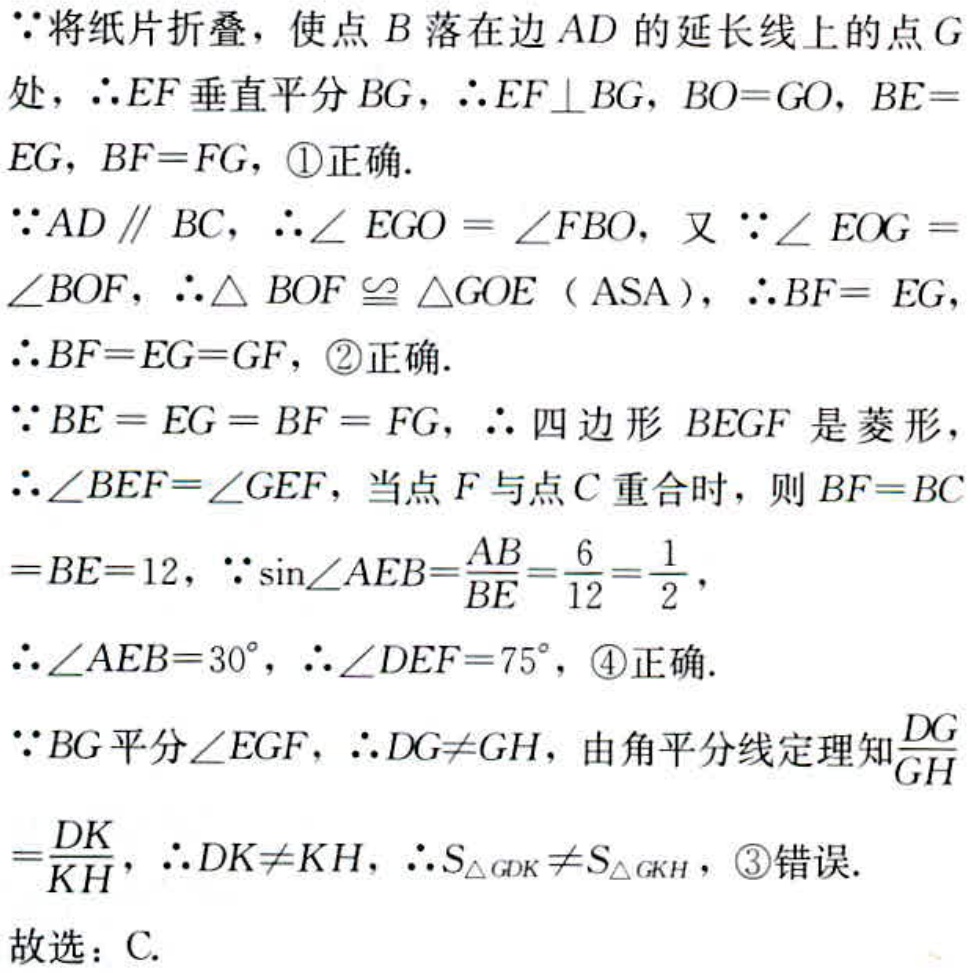
$\because$将纸片折叠，使点$B$落在边$AD$的延长线上的点$G$处，$\therefore EF$垂直平分$BG$，$\therefore EF\perp BG$，$BO = GO$，$BE = EG$，$BF = FG$，\textcircled{1}正确.
$\because AD\parallel BC$，$\therefore\angle EGO=\angle FBO$，又$\because\angle EOG=\angle BOF$，$\therefore\triangle BOF\cong\triangle GOE$（ASA），$\therefore BF = EG$，
$\therefore BF = EG = GF$，\textcircled{2}正确.
$\because BE = EG = BF = FG$，$\therefore$四边形$BEGF$是菱形，
$\therefore\angle BEF=\angle GEF$，当点$F$与点$C$重合时，则$BF = BC = BE = 12$，$\because\sin\angle AEB=\frac{AB}{BE}=\frac{6}{12}=\frac{1}{2}$，
$\therefore\angle AEB = 30^{\circ}$，$\therefore\angle DEF = 75^{\circ}$，\textcircled{4}正确.
$\because BG$平分$\angle EGF$，$\therefore DG\neq GH$，由角平分线定理知$\frac{DG}{GH}=\frac{DK}{KH}$，$\therefore DK\neq KH$，$\therefore S_{\triangle GDK}\neq S_{\triangle GKH}$，\textcircled{3}错误.
故选：C.